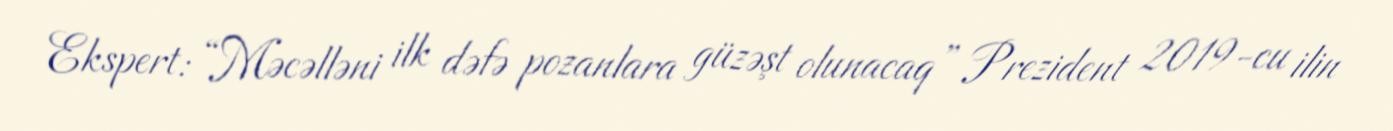
Ekspert: “Məcəlləni ilk dəfə pozanlara güzəşt olunacaq” Prezident 2019-cu ilin